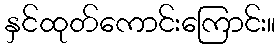
နှင်ထုတ်ကောင်းကြောင်း။